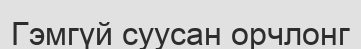
Гэмгүй суусан орчлонг